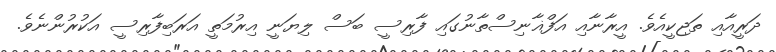
ދަރީއާއި ތަޖިކީއެވެ. އީރާނާއި އަފްޣާނިސްތާނުގައި ފާރިސީ ބަސް ލިޔަނީ އިރުމަތީ އަރަބިފާރިސީ އަކުރުންނެވެ.